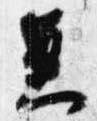
兼